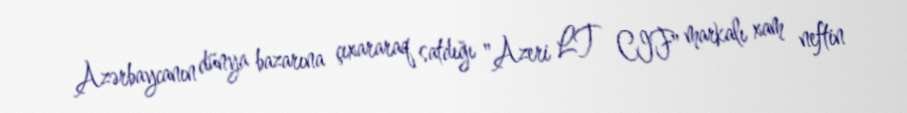
Azərbaycanın dünya bazarına çıxararaq satdığı "Azeri LT CIF" markalı xam neftin